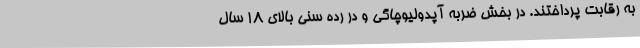
به رقابت پرداختند. در بخش ضربه آپدولیوچاگی و در رده سنی بالای 18 سال